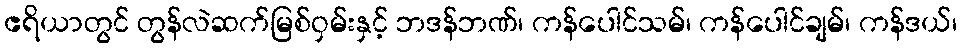
ဧရိယာတွင် တွန်လဲဆက်မြစ်ဝှမ်းနှင့် ဘဒန်ဘဏ်၊ ကန်ပေါင်သမ်၊ ကန်ပေါင်ချမ်၊ ကန်ဒယ်၊